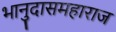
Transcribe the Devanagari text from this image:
भानुदासमहाराज